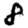
Digit: 8